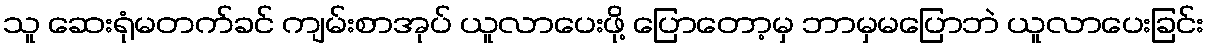
သူ ဆေးရုံမတက်ခင် ကျမ်းစာအုပ် ယူလာပေးဖို့ ပြောတော့မှ ဘာမှမပြောဘဲ ယူလာပေးခြင်း